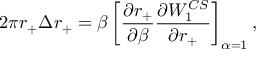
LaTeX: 2 \pi r _ { + } \Delta r _ { + } = \beta \left[ { \frac { \partial { r _ { + } } } { \partial \beta } } { \frac { \partial { W _ { 1 } ^ { C S } } } { \partial r _ { + } } } \right] _ { \alpha = 1 } ,